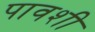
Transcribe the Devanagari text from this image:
पावशी